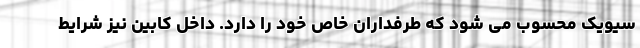
سیویک محسوب می شود که طرفداران خاص خود را دارد. داخل کابین نیز شرایط